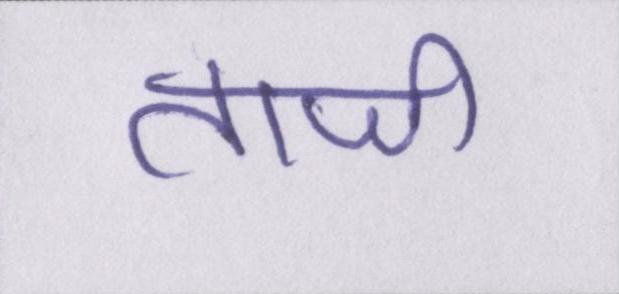
ताजी